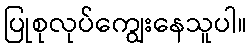
ပြုစုလုပ်ကျွေးနေသူပါ။